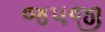
જપજી